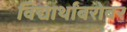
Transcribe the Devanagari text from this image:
विद्यार्थांबरोबर